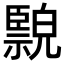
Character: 𦣲